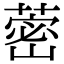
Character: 蔤